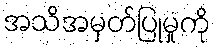
အသိအမှတ်ပြုမှုကို